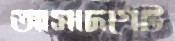
আসাদগেট